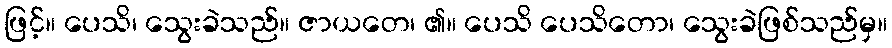
ဖြင့်။ ပေသိ၊ သွေးခဲသည်။ ဇာယတေ၊ ၏။ ပေသိ ပေသိတော၊ သွေးခဲဖြစ်သည်မှ။